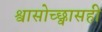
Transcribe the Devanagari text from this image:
श्वासोच्छ्वासही